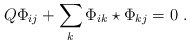
\begin{align*}Q\Phi_{ij}+\sum_k\Phi_{ik}\star\Phi_{kj}=0 \ .\end{align*}